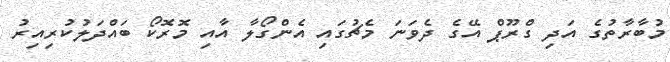
މުބާރާތުގެ އަދި ގްރޫޕް އޭގެ ދެވަނަ މެޗުގައި އެންގޯލާ އާއި މޮރޮކޯ ބައްދަލުކުރިއިރު